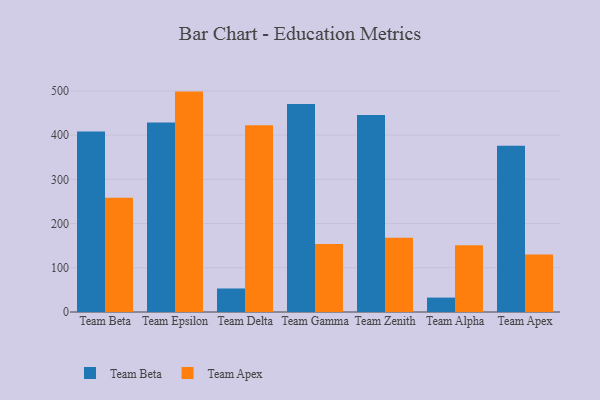
{"axis": {"x": "Team", "y": "Temperature (°C)"}, "legend": ["Team Apex", "Team Beta"], "data": [{"x": "Team Beta", "y": 408.0, "type": "Team Beta"}, {"x": "Team Beta", "y": 258.4, "type": "Team Apex"}, {"x": "Team Epsilon", "y": 428.5, "type": "Team Beta"}, {"x": "Team Epsilon", "y": 498.5, "type": "Team Apex"}, {"x": "Team Delta", "y": 53.2, "type": "Team Beta"}, {"x": "Team Delta", "y": 422.5, "type": "Team Apex"}, {"x": "Team Gamma", "y": 470.2, "type": "Team Beta"}, {"x": "Team Gamma", "y": 154.0, "type": "Team Apex"}, {"x": "Team Zenith", "y": 445.6, "type": "Team Beta"}, {"x": "Team Zenith", "y": 168.2, "type": "Team Apex"}, {"x": "Team Alpha", "y": 32.6, "type": "Team Beta"}, {"x": "Team Alpha", "y": 150.9, "type": "Team Apex"}, {"x": "Team Apex", "y": 376.3, "type": "Team Beta"}, {"x": "Team Apex", "y": 130.1, "type": "Team Apex"}]}